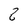
Character: 2